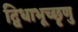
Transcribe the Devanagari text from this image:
द्विधाभूच्छृणु